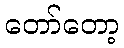
တော်တော့